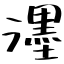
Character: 濹